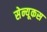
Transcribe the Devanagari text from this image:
सेन्यूकस